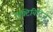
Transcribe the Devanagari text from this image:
ऐक्टिविटिज़